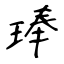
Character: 琫